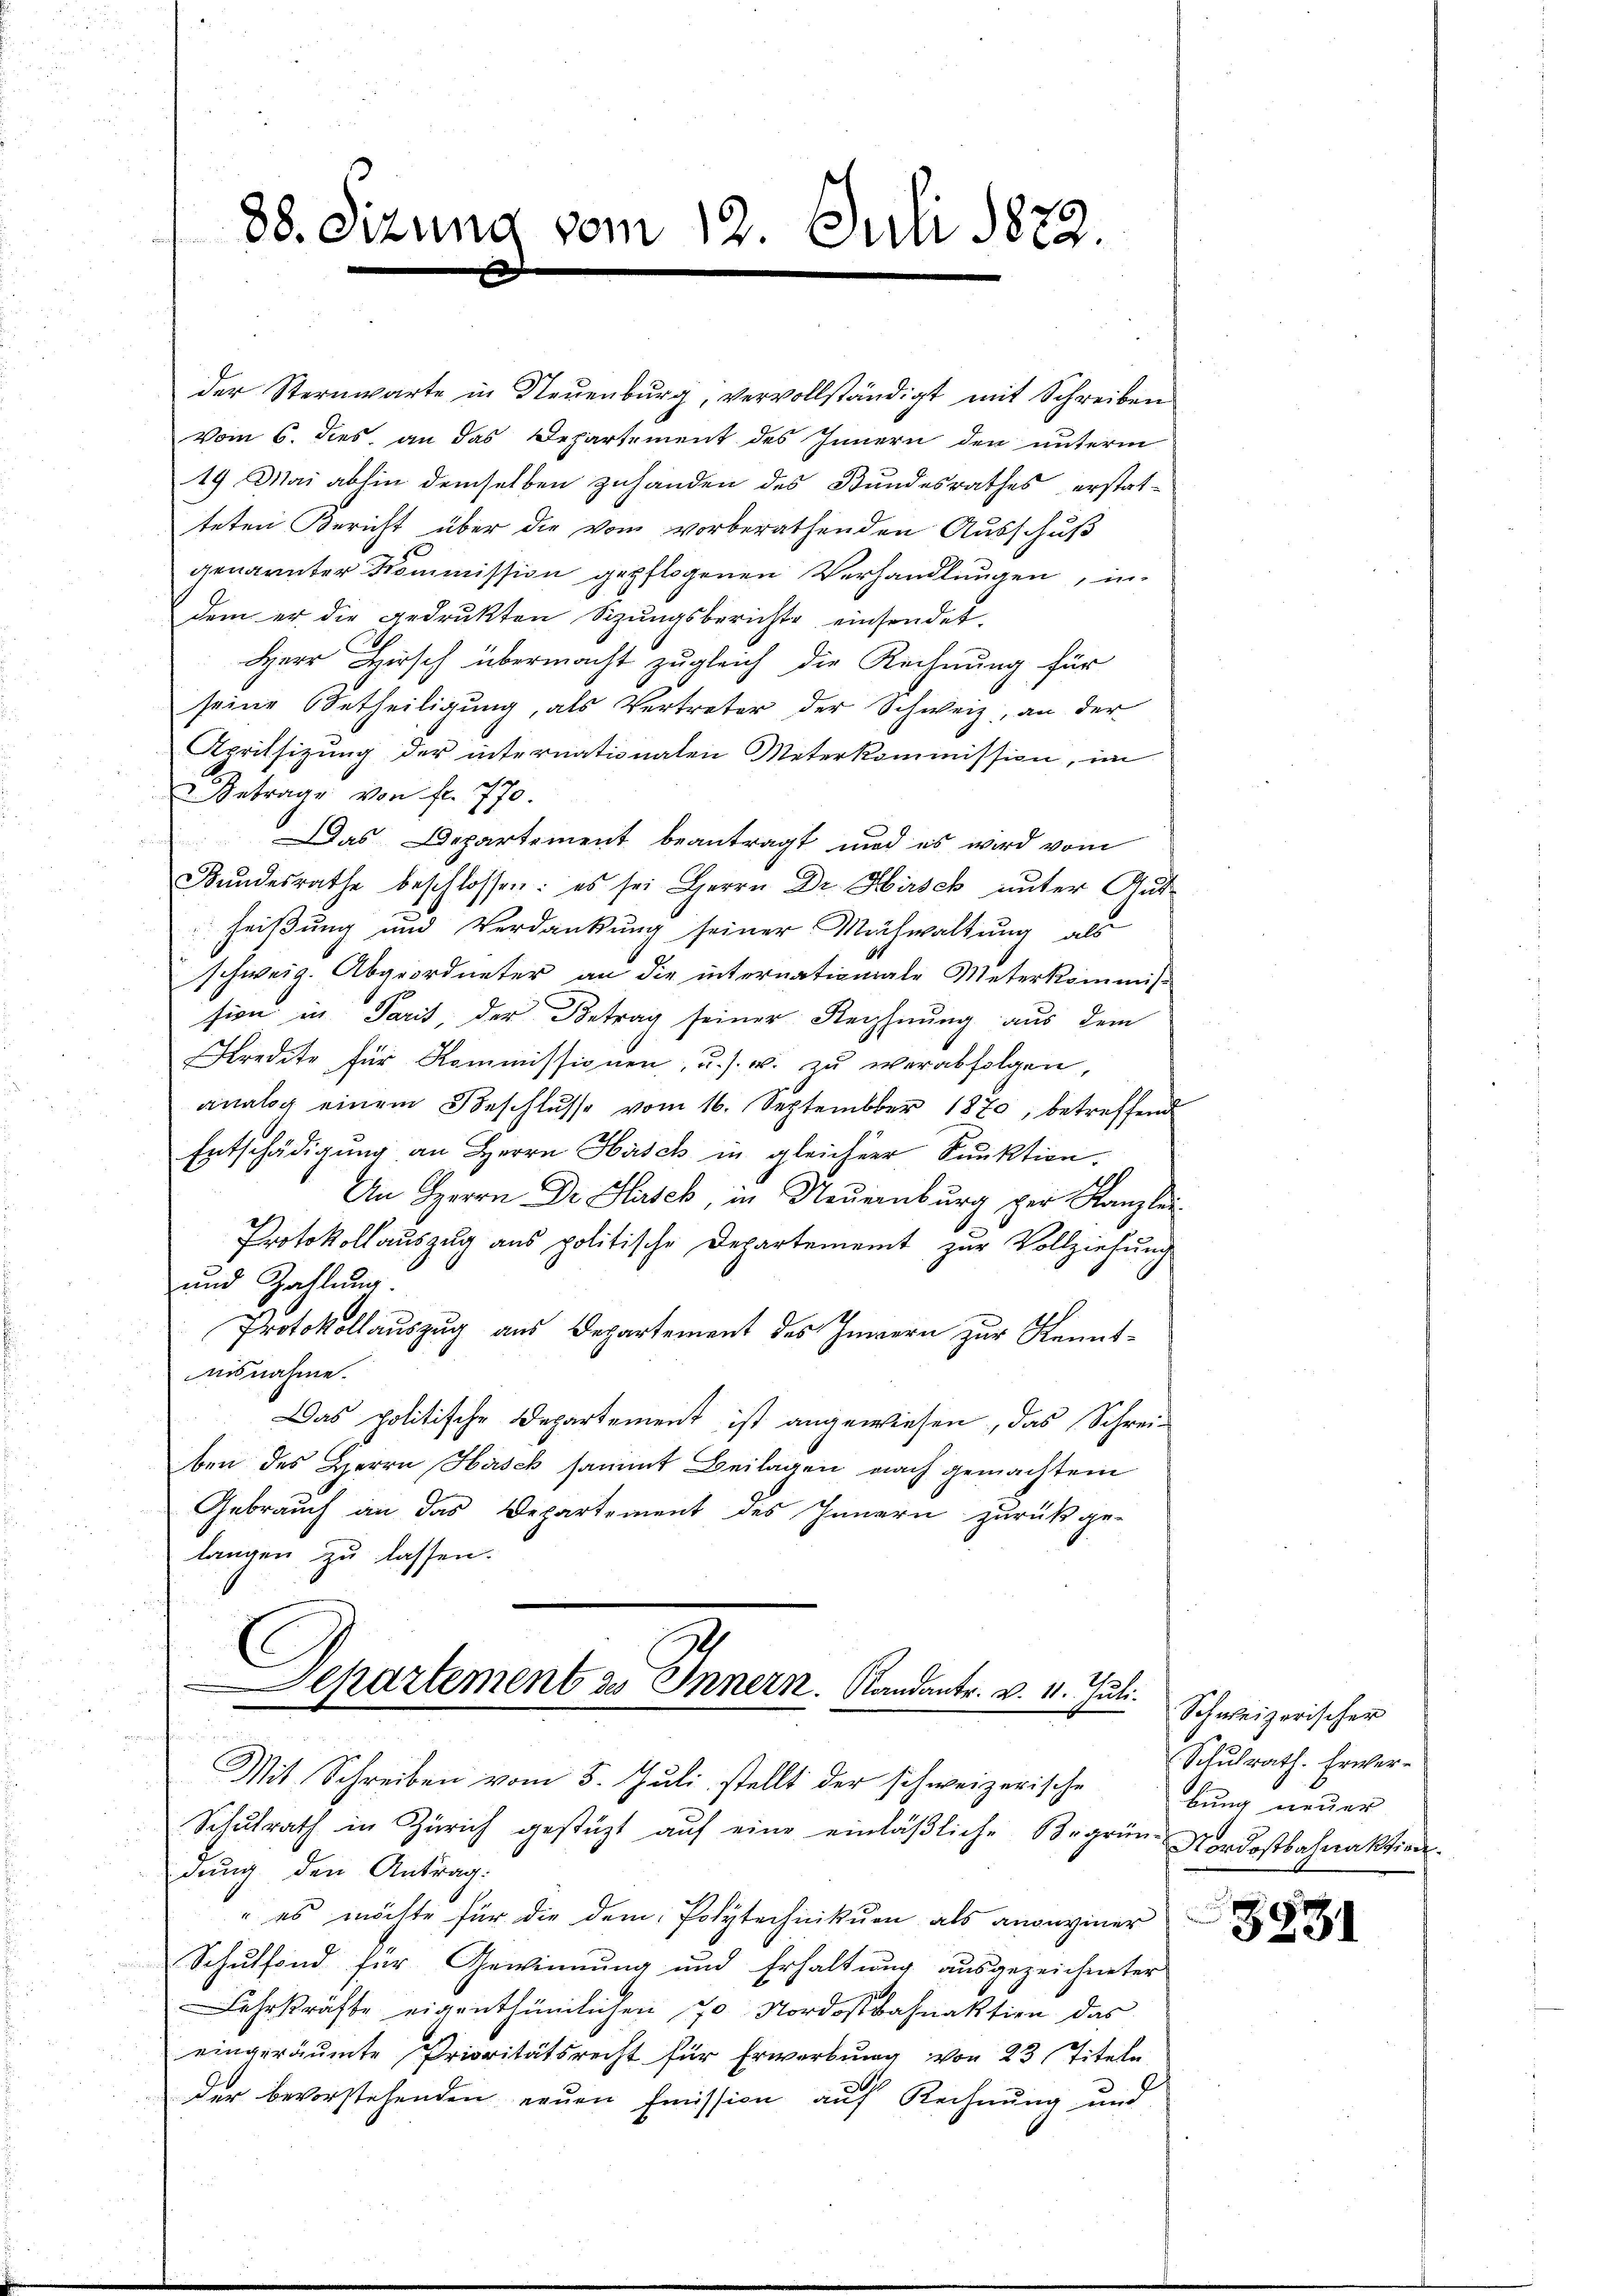
88. Sizung vom 12. Juli 1872.

der Sternwarte in Neuenburg, vervollständigt mit Schreiben
Vom 6. dies an das Departement des Innern den unterm
19 Mai abhin demselben zuhanden des Bundesrathes erstat-
teten Bericht über die vom vorberathenden Ausschuß
genannter Kommission gepflogenen Verhandlungen, in
dem er die gedrukten Sizŭngsberichte einsendet,
Herr Hirsch übermacht zugleich die Rechnung für
seine Betheiligung, als Vertreter der Schweiz, an der
Aprilsizung der internationalen Meterkommission, im
Betrage von fl. 770.
Das Departement beantragt und es wird vom
Bundesrathe beschlossen: es sei Herrn Dr. Hirsch unter Gut
heißung und Verdankung seiner Machwaltung als
schweiz. Abgeordneter an die internationale Meterkommis-
sien in Paris, der Betrag seiner Rechnung aus dem
Kredite für Kommissionen, u. s. w. zŭ verabfolgen,
analog einem Beschlŭsse vom 16. September 1870, betreffend
Entschädigung an Herrn Hasch in gleicher Punktion.
An Herrn Dr. Hasch, in Neuernburg per Kanzlei
Protokollauszug aus politische Departement zur Vollziehung
und Zahlung.
Protokollauszug aus Departement des Innern zur Kenntaisnahme.
Das politische Departement ist angewiesen, das Schrei-
ben des Herrn Hirsch sammt Beilagen nach gemachtem
Gebrauch an das Departement des Innern zurückge-
langen zu lassen.
Departement zu Innern. Randants. v. 11. Juli.

Mit Schreiben vom 5. Juli stellt der schweizerische

Schulrath in Zürich gestüzt auf eine einläßliche Begrün- Nordostbahnaktiendung den Antrag.
" es möchte für die dem Polytechnikum als anoneiner
Schulfond für Gewinnung und Erhaltung ausgezeichneter
Lehrkräfte eigenthümlichen 70 Nordostbahnaktien das
eingeräumte Prioritätsrecht für Erwerbung von 23 Titeln
der bevorstehenden neuen Emission auf Rechnung und

Schweizerischer
Schulrath. Erwerbung neuer

3931